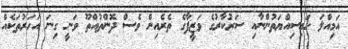
އަމިއްލަ ހައިސިއްޔަތުންނާއި ސަރުކާރުގެ ވަޒީފާގެ ތެރެއިން ވެސް ދޮންތުއްތޫ ވަނީ ގިނަ އަހަރުތަކެއް